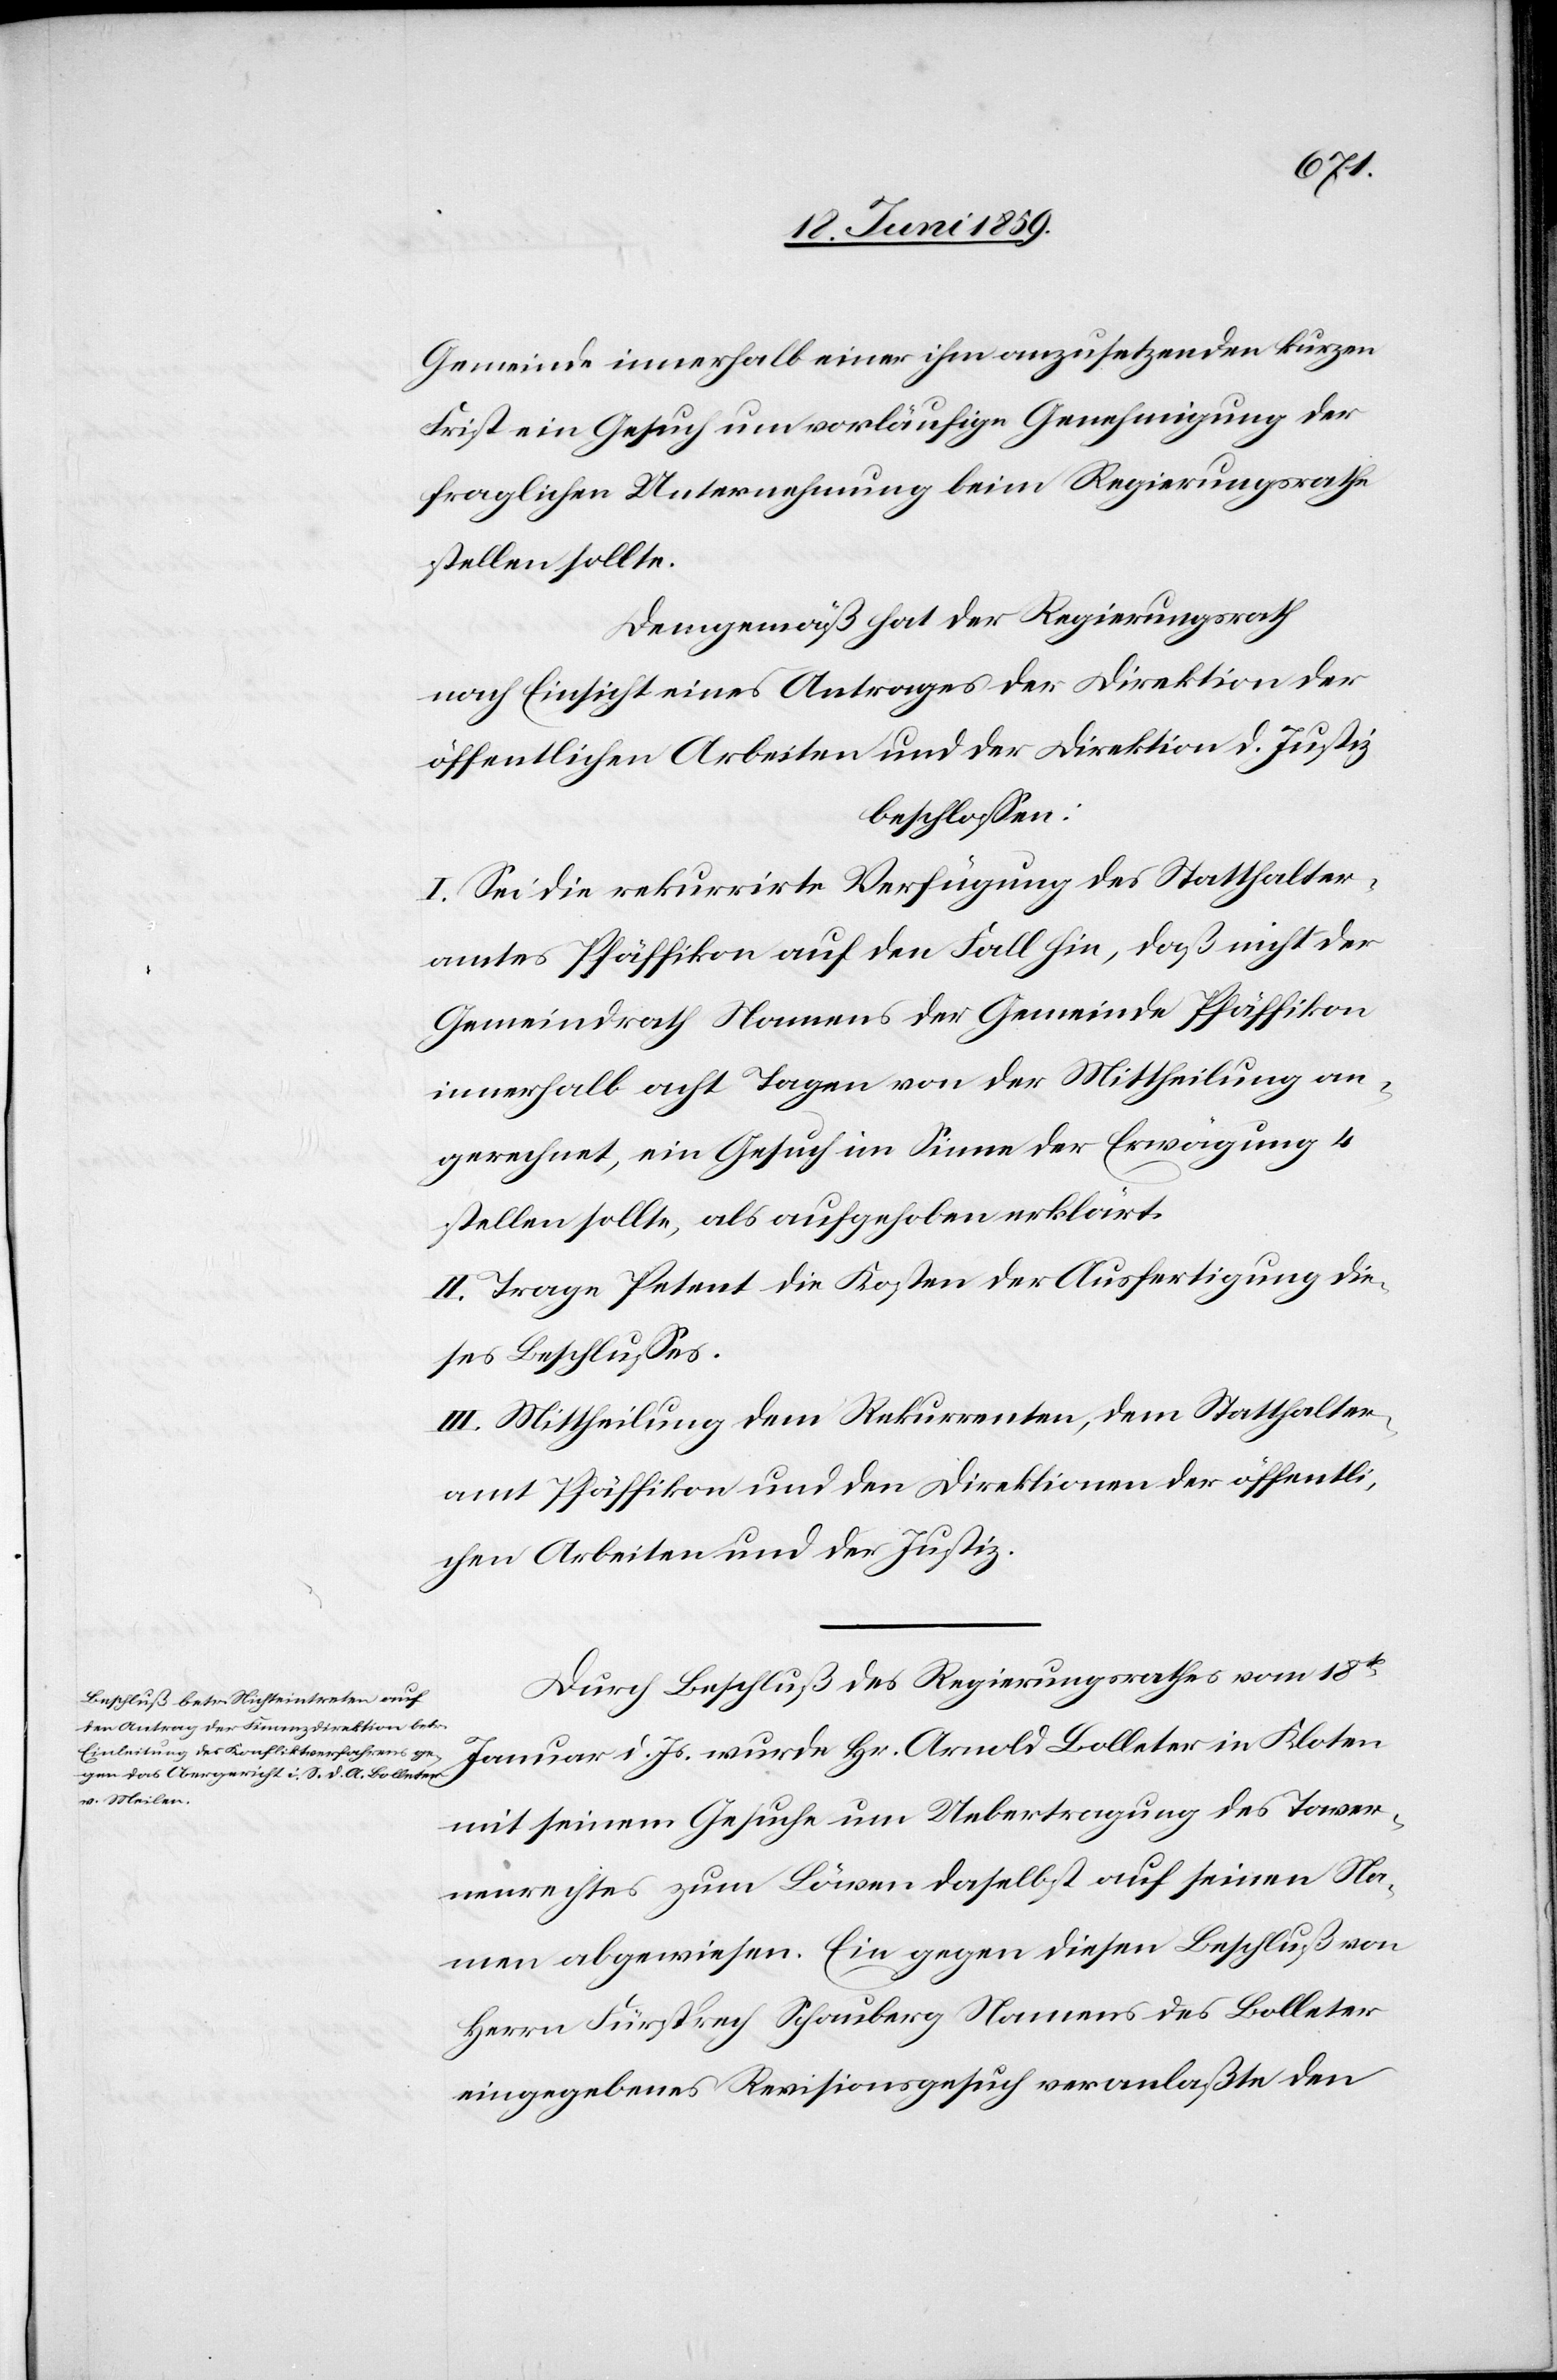
Gemeinde innerhalb einer ihm anzusetzenden kurzen
Frist ein Gesuch um vorläufige Genehmigung der
fraglichen Unternehmung beim Regierungsrathe
stellen sollte.
Demgemäß hat der Regierungsrath
nach Einsicht eines Antrages der Direktion der
öffentlichen Arbeiten und der Direktion d. Justiz
beschlossen:
I. Sei die rekurrirte Verfügung des Statthalter¬
amtes Pfäffikon auf den Fall hin, daß nicht der
Gemeindrath Namens der Gemeinde Pfäffikon
innerhalb acht Tagen von der Mittheilung an¬
gerechnet, ein Gesuch im Sinne der Erwägung 4
stellen sollte, als aufgehoben erklärt.
II. Trage Petent die Kosten der Ausfertigung die¬
ses Beschlusses.
III. Mittheilung dem Rekurrenten, dem Statthalter¬
amt Pfäffikon und den Direktionen der öffentli¬
chen Arbeiten und der Justiz.
Durch Beschluß des Regierungsrathes vom 18ten
Januar d. Js. wurde Hr. Arnold Bolleter in Kloten
mit seinem Gesuche um Uebertragung des Taver¬
nenrechtes zum Löwen daselbst auf seinen Na¬
men abgewiesen. Ein gegen diesen Beschluß von
Herrn Fürsprech Schauberg Namens des Bolleter
eingegebenes Revisionsgesuch veranlaßte den